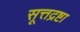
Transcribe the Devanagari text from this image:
सूत्तद्रष्टा